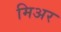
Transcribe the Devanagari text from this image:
मिअर